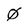
Character: 0